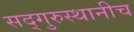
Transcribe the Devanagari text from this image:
सद्‌गुरुस्थानीच